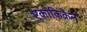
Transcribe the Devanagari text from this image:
एकांकिकेने